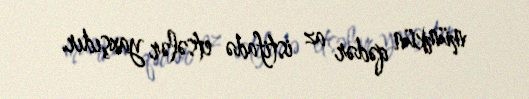
mümkün qədər az istifadə etsələr yaxşıdır.